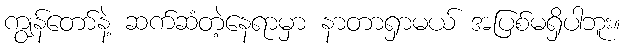
ကျွန်တော်နဲ့ ဆက်ဆံတဲ့နေရာမှာ နာတာရှာမယ် အပြစ်မရှိပါဘူး။